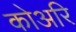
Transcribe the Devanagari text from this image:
कोअरि